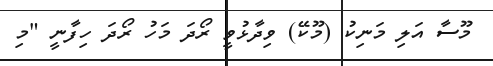
މޫސާ އަލި މަނިކު (މޫކޭ) ވިދާޅުވީ ރޯދަ މަހު ރޯދަ ހިފާނީ "މި